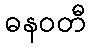
ဓနဝတီ